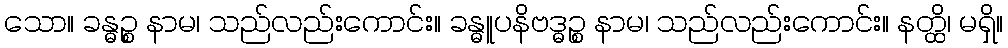
သော။ ခန္ဓဉ္စ နာမ၊ သည်လည်းကောင်း။ ခန္ဓူပနိဗဒ္ဓဉ္စ နာမ၊ သည်လည်းကောင်း။ နတ္ထိ၊ မရှိ။